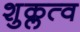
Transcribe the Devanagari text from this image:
शुक्लत्व